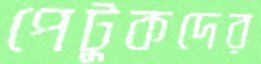
পেটুকদের